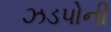
ઝડપોની